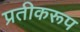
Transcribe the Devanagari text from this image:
प्रतीकरूप